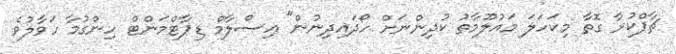
ޗާޕްކުރާ ގޮތާ މިކަހަލަ މައުލޫމާތު ކުދިންނަށް ހޯދައިދިނުން" އިސްލާމް ޑިޕާޓްމަންޓް ހިންގުމާ ހަވާލުވެ